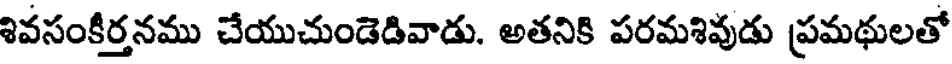
శివసంకీర్తనము చేయుచుండెడివాడు. అతనికి పరమశివుడు ప్రమథులతో